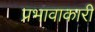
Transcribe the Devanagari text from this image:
प्रभावाकारी